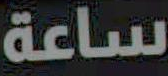
ساعة